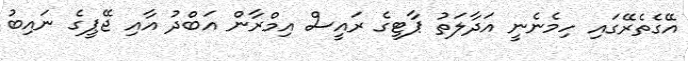
އޭގެތެރޭގައި ހިމެނެނީ އަދާލަތު ޕާޓީގެ ރައީސް އިމްރާން އަބްދު އާއި ޖޭޕީގެ ނައިބު